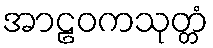
အာဠဝကသုတ္တံ